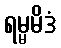
ရမ္မမိဒံ